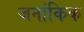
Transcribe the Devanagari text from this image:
जनांकिक